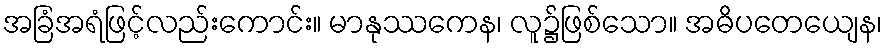
အခြံအရံဖြင့်လည်းကောင်း။ မာနုဿကေန၊ လူ၌ဖြစ်သော။ အဓိပတေယျေန၊